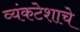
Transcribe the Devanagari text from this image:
व्यंकटेशाचे